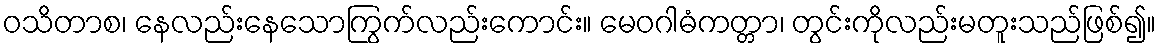
ဝသိတာစ၊ နေလည်းနေသောကြွက်လည်းကောင်း။ မေဝဂါဓံကတ္တာ၊ တွင်းကိုလည်းမတူးသည်ဖြစ်၍။